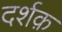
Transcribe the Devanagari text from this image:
दर्शक़